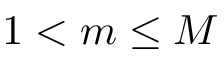
1 < m \leq M